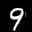
Label: 9